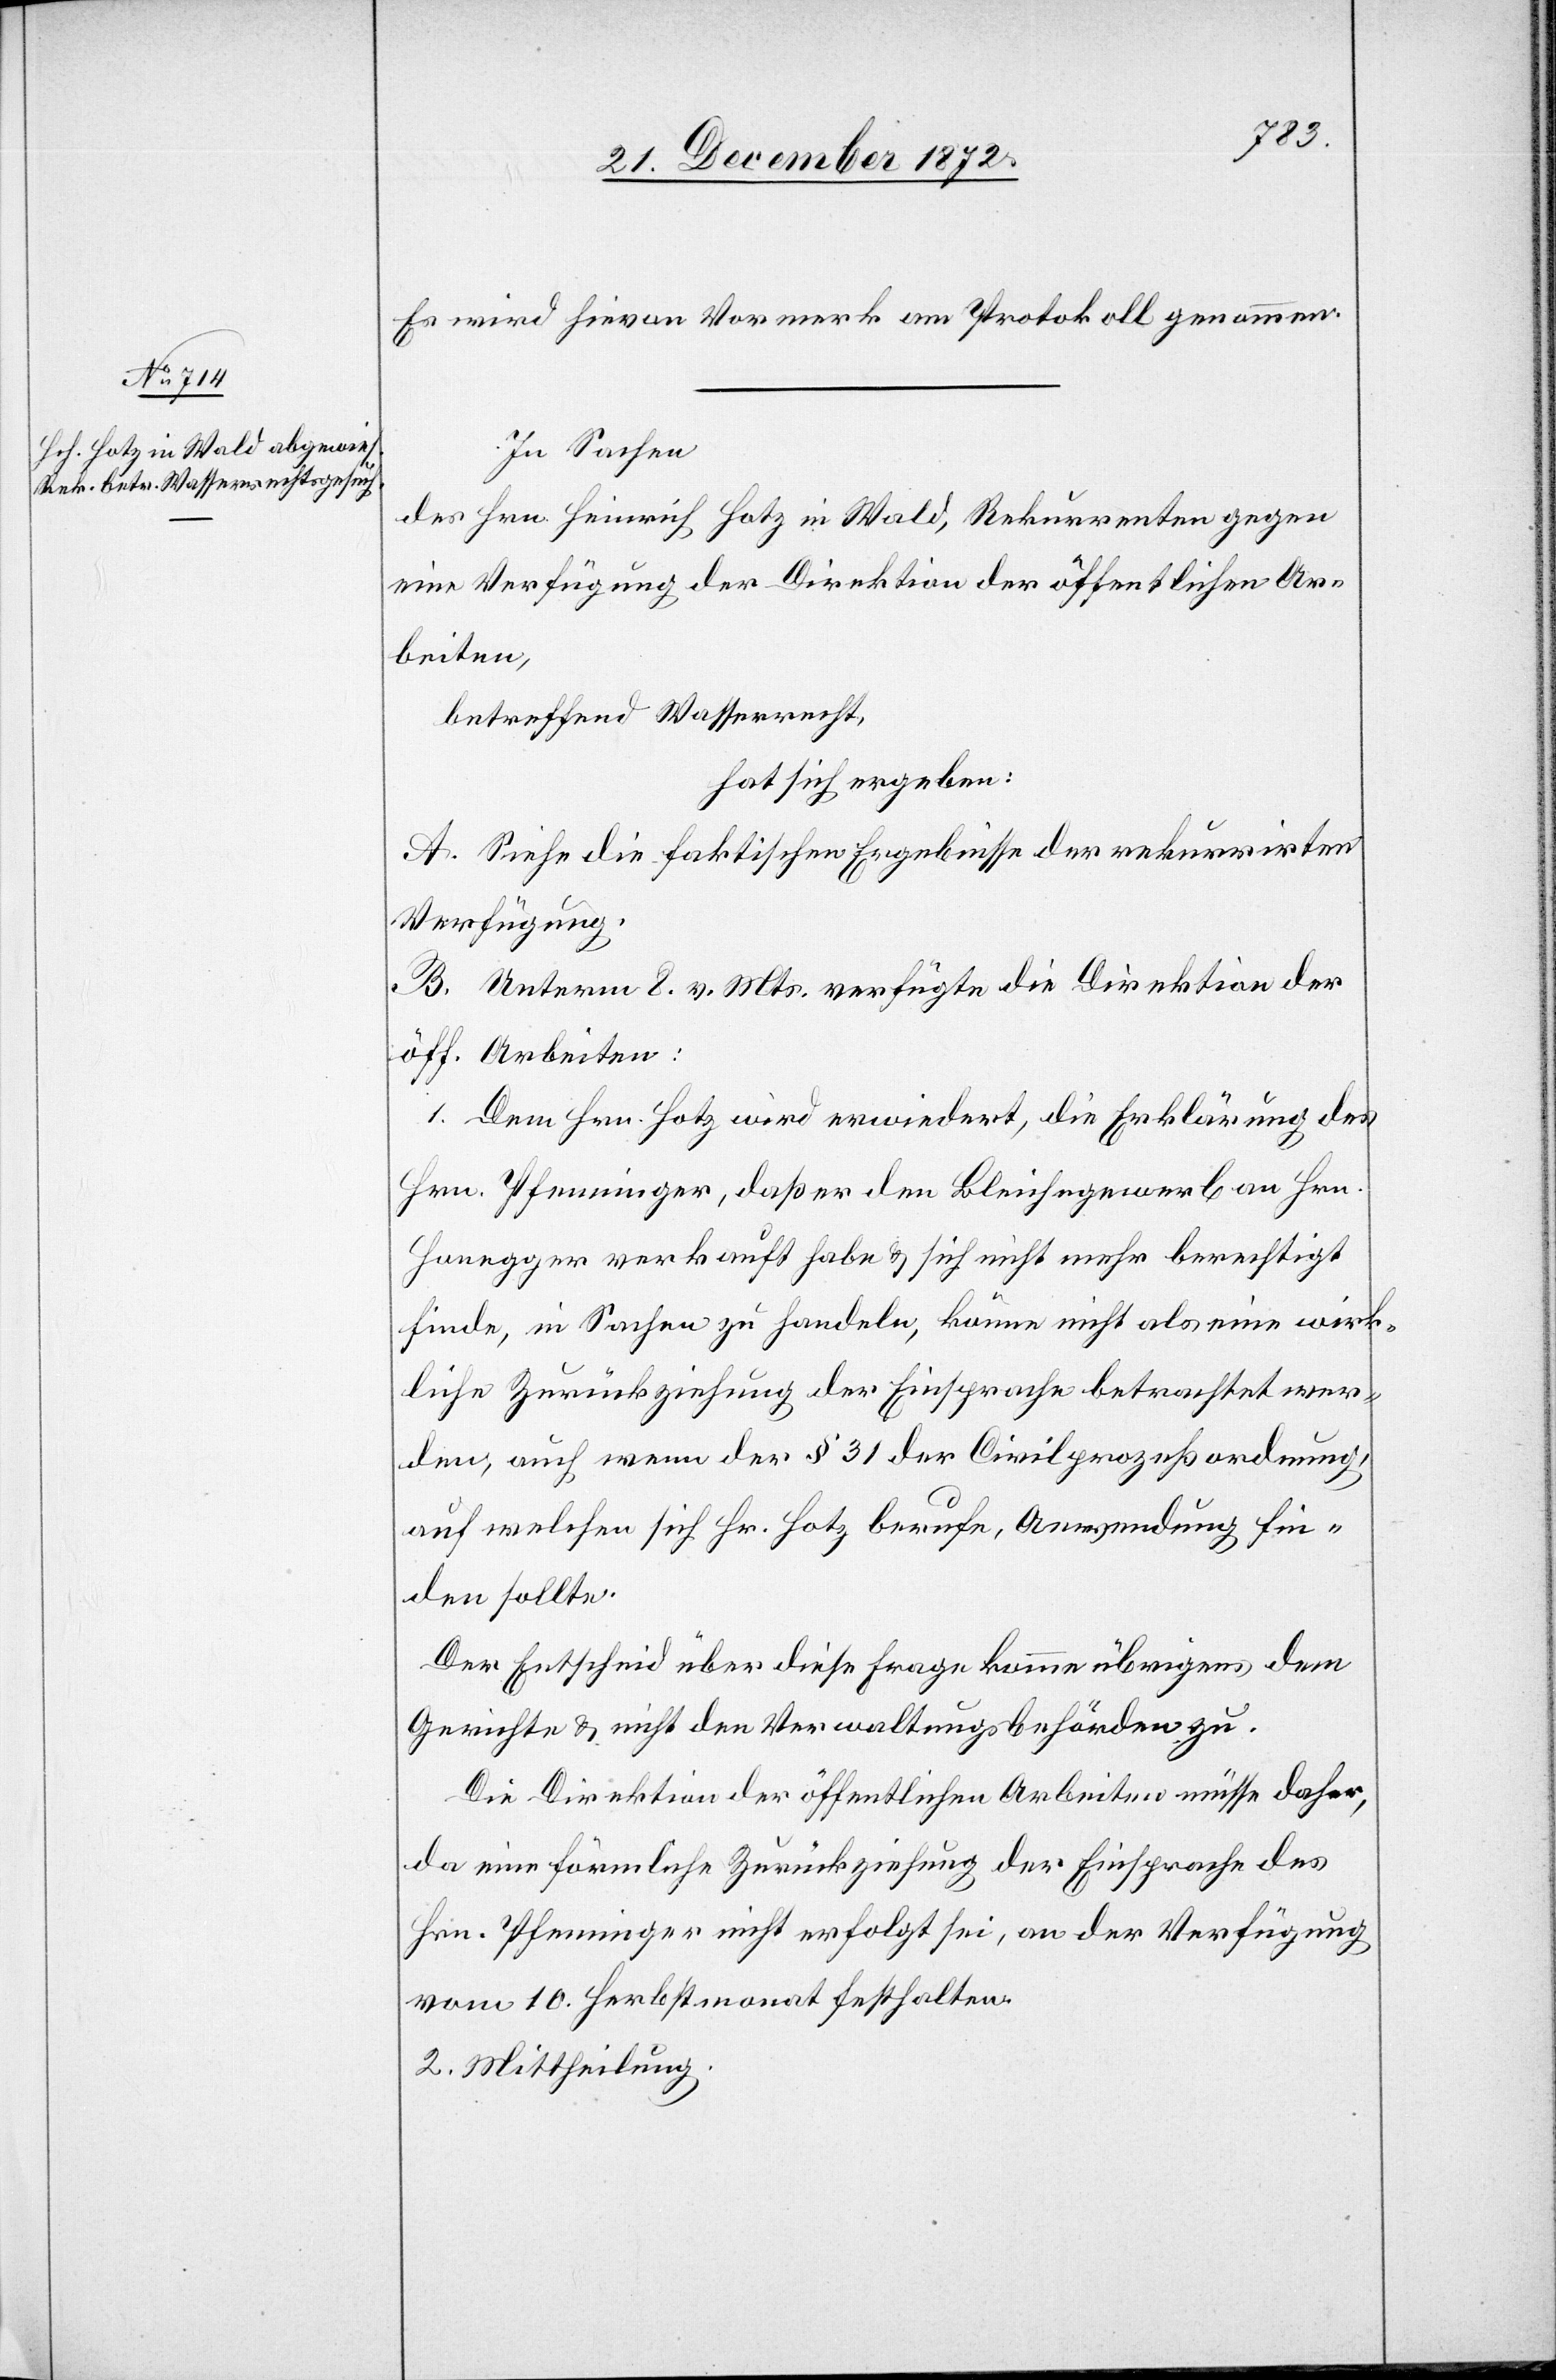
Es wird hievon Vormerk am Protokoll genomen.
In Sachen
des Hrn. Heinrich Hotz in Wald, Rekurrenten gegen
eine Verfügung der Direktion der öffentlichen Ar¬
beiten,
betreffend Wasserrecht,
hat sich ergeben:
A. Siehe die faktischen Ergebnisse der rekurrirten
Verfügung.
B. Unterm 8. v. Mts. verfügte die Direktion der
öff. Arbeiten:
1. Dem Hrn. Hotz wird erwiedert, die Erklärung des
Hrn. Pfenninger, daß er den Bleichegewerb an Hrn.
Honegger verkauft habe u. sich nicht mehr berechtigt
finde, in Sachen zu handeln, könne nicht als eine wirk¬
liche Zurückziehung der Einsprache betrachtet wer¬
den, auch wenn der § 31 der Civilprozeßordnung,
auf welchen sich Hr. Hotz berufe, Anwendung fin¬
den sollte.
Der Entscheid über diese Frage komme übrigens dem
Gerichte u. nicht den Verwaltungsbehörden zu.
Die Direktion der öffentlichen Arbeiten müsse daher,
da eine förmliche Zurückziehung der Einsprache des
Hrn. Pfenninger nicht erfolgt sei, an der Verfügung
vom 10. Herbstmonat festhalten.
2. Mittheilung.